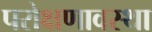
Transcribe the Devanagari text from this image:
परोक्षणावस्था